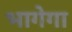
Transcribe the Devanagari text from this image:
भागेगा